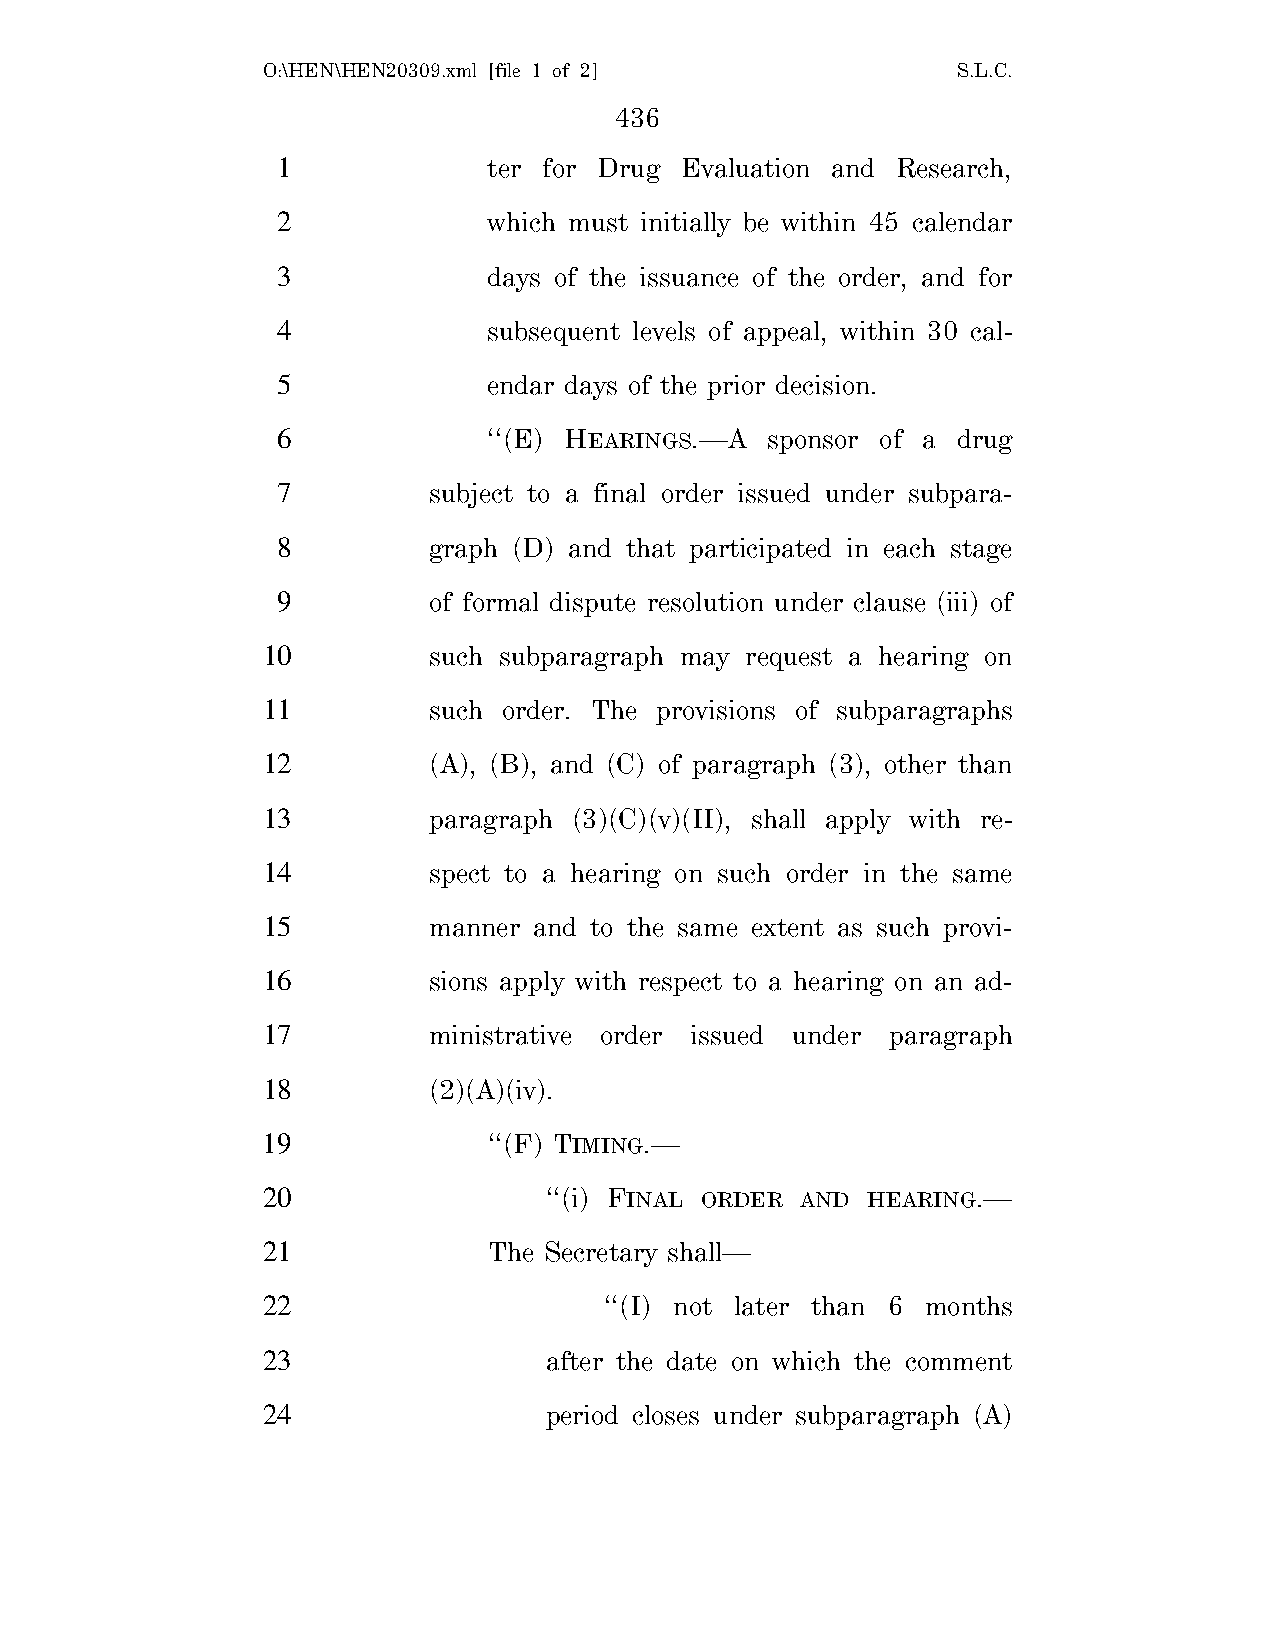
O:\HEN\HEN20309.xml [file 1 of 2]             S.L.C.
 436
 1             ter for Drug Evaluation and Research,
 2             which must initially be within 45 calendar
 3             days of the issuance of the order, and for
 4             subsequent levels of appeal, within 30 cal-
 5             endar days of the prior decision.
 6             ‘‘(E) HEARINGS.—A  sponsor of a drug
 7         subject to a final order issued under subpara-
 8         graph (D) and that participated in each stage
 9         of formal dispute resolution under clause (iii) of
 10         such subparagraph may request a hearing on
 11         such order. The provisions of subparagraphs
 12         (A), (B), and (C) of paragraph (3), other than
 13         paragraph (3)(C)(v)(II), shall apply with re-
 14         spect to a hearing on such order in the same
 15         manner and to the same extent as such provi-
 16         sions apply with respect to a hearing on an ad-
 17         ministrative order issued under paragraph
 18         (2)(A)(iv).
 19             ‘‘(F) TIMING.—
 20                 ‘‘(i) FINAL ORDER AND HEARING.—
 21             The Secretary shall—
 22                     ‘‘(I) not later than 6 months
 23                 after the date on which the comment
 24                 period closes under subparagraph (A)